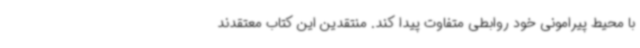
با محیط پیرامونی خود روابطی متفاوت پیدا کند. منتقدین این کتاب معتقدند